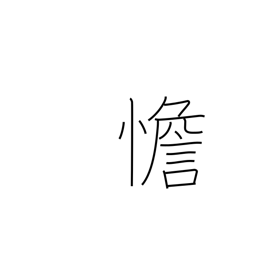
Meaning: calm